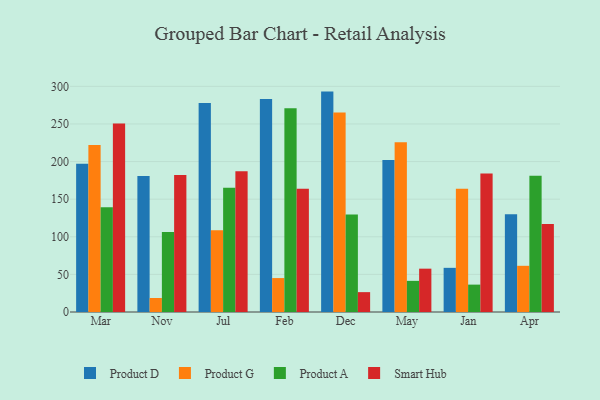
{"axis": {"x": "Month", "y": "Gross Profit (USD K)"}, "legend": ["Product A", "Product D", "Product G", "Smart Hub"], "data": [{"x": "Mar", "y": 197.0, "type": "Product D"}, {"x": "Mar", "y": 222.0, "type": "Product G"}, {"x": "Mar", "y": 139.2, "type": "Product A"}, {"x": "Mar", "y": 250.7, "type": "Smart Hub"}, {"x": "Nov", "y": 180.8, "type": "Product D"}, {"x": "Nov", "y": 18.6, "type": "Product G"}, {"x": "Nov", "y": 106.5, "type": "Product A"}, {"x": "Nov", "y": 182.0, "type": "Smart Hub"}, {"x": "Jul", "y": 277.7, "type": "Product D"}, {"x": "Jul", "y": 108.6, "type": "Product G"}, {"x": "Jul", "y": 165.3, "type": "Product A"}, {"x": "Jul", "y": 187.2, "type": "Smart Hub"}, {"x": "Feb", "y": 283.0, "type": "Product D"}, {"x": "Feb", "y": 45.1, "type": "Product G"}, {"x": "Feb", "y": 271.0, "type": "Product A"}, {"x": "Feb", "y": 163.9, "type": "Smart Hub"}, {"x": "Dec", "y": 293.0, "type": "Product D"}, {"x": "Dec", "y": 265.1, "type": "Product G"}, {"x": "Dec", "y": 129.6, "type": "Product A"}, {"x": "Dec", "y": 26.4, "type": "Smart Hub"}, {"x": "May", "y": 202.0, "type": "Product D"}, {"x": "May", "y": 225.7, "type": "Product G"}, {"x": "May", "y": 41.4, "type": "Product A"}, {"x": "May", "y": 57.6, "type": "Smart Hub"}, {"x": "Jan", "y": 58.7, "type": "Product D"}, {"x": "Jan", "y": 163.9, "type": "Product G"}, {"x": "Jan", "y": 36.4, "type": "Product A"}, {"x": "Jan", "y": 184.2, "type": "Smart Hub"}, {"x": "Apr", "y": 129.8, "type": "Product D"}, {"x": "Apr", "y": 61.4, "type": "Product G"}, {"x": "Apr", "y": 181.1, "type": "Product A"}, {"x": "Apr", "y": 116.9, "type": "Smart Hub"}]}